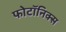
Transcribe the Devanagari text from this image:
फोटॉनिक्स